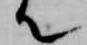
て